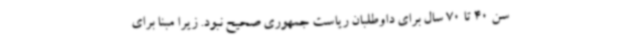
سن 40 تا 70 سال برای داوطلبان ریاست جمهوری صحیح نبود. زیرا مبنا برای